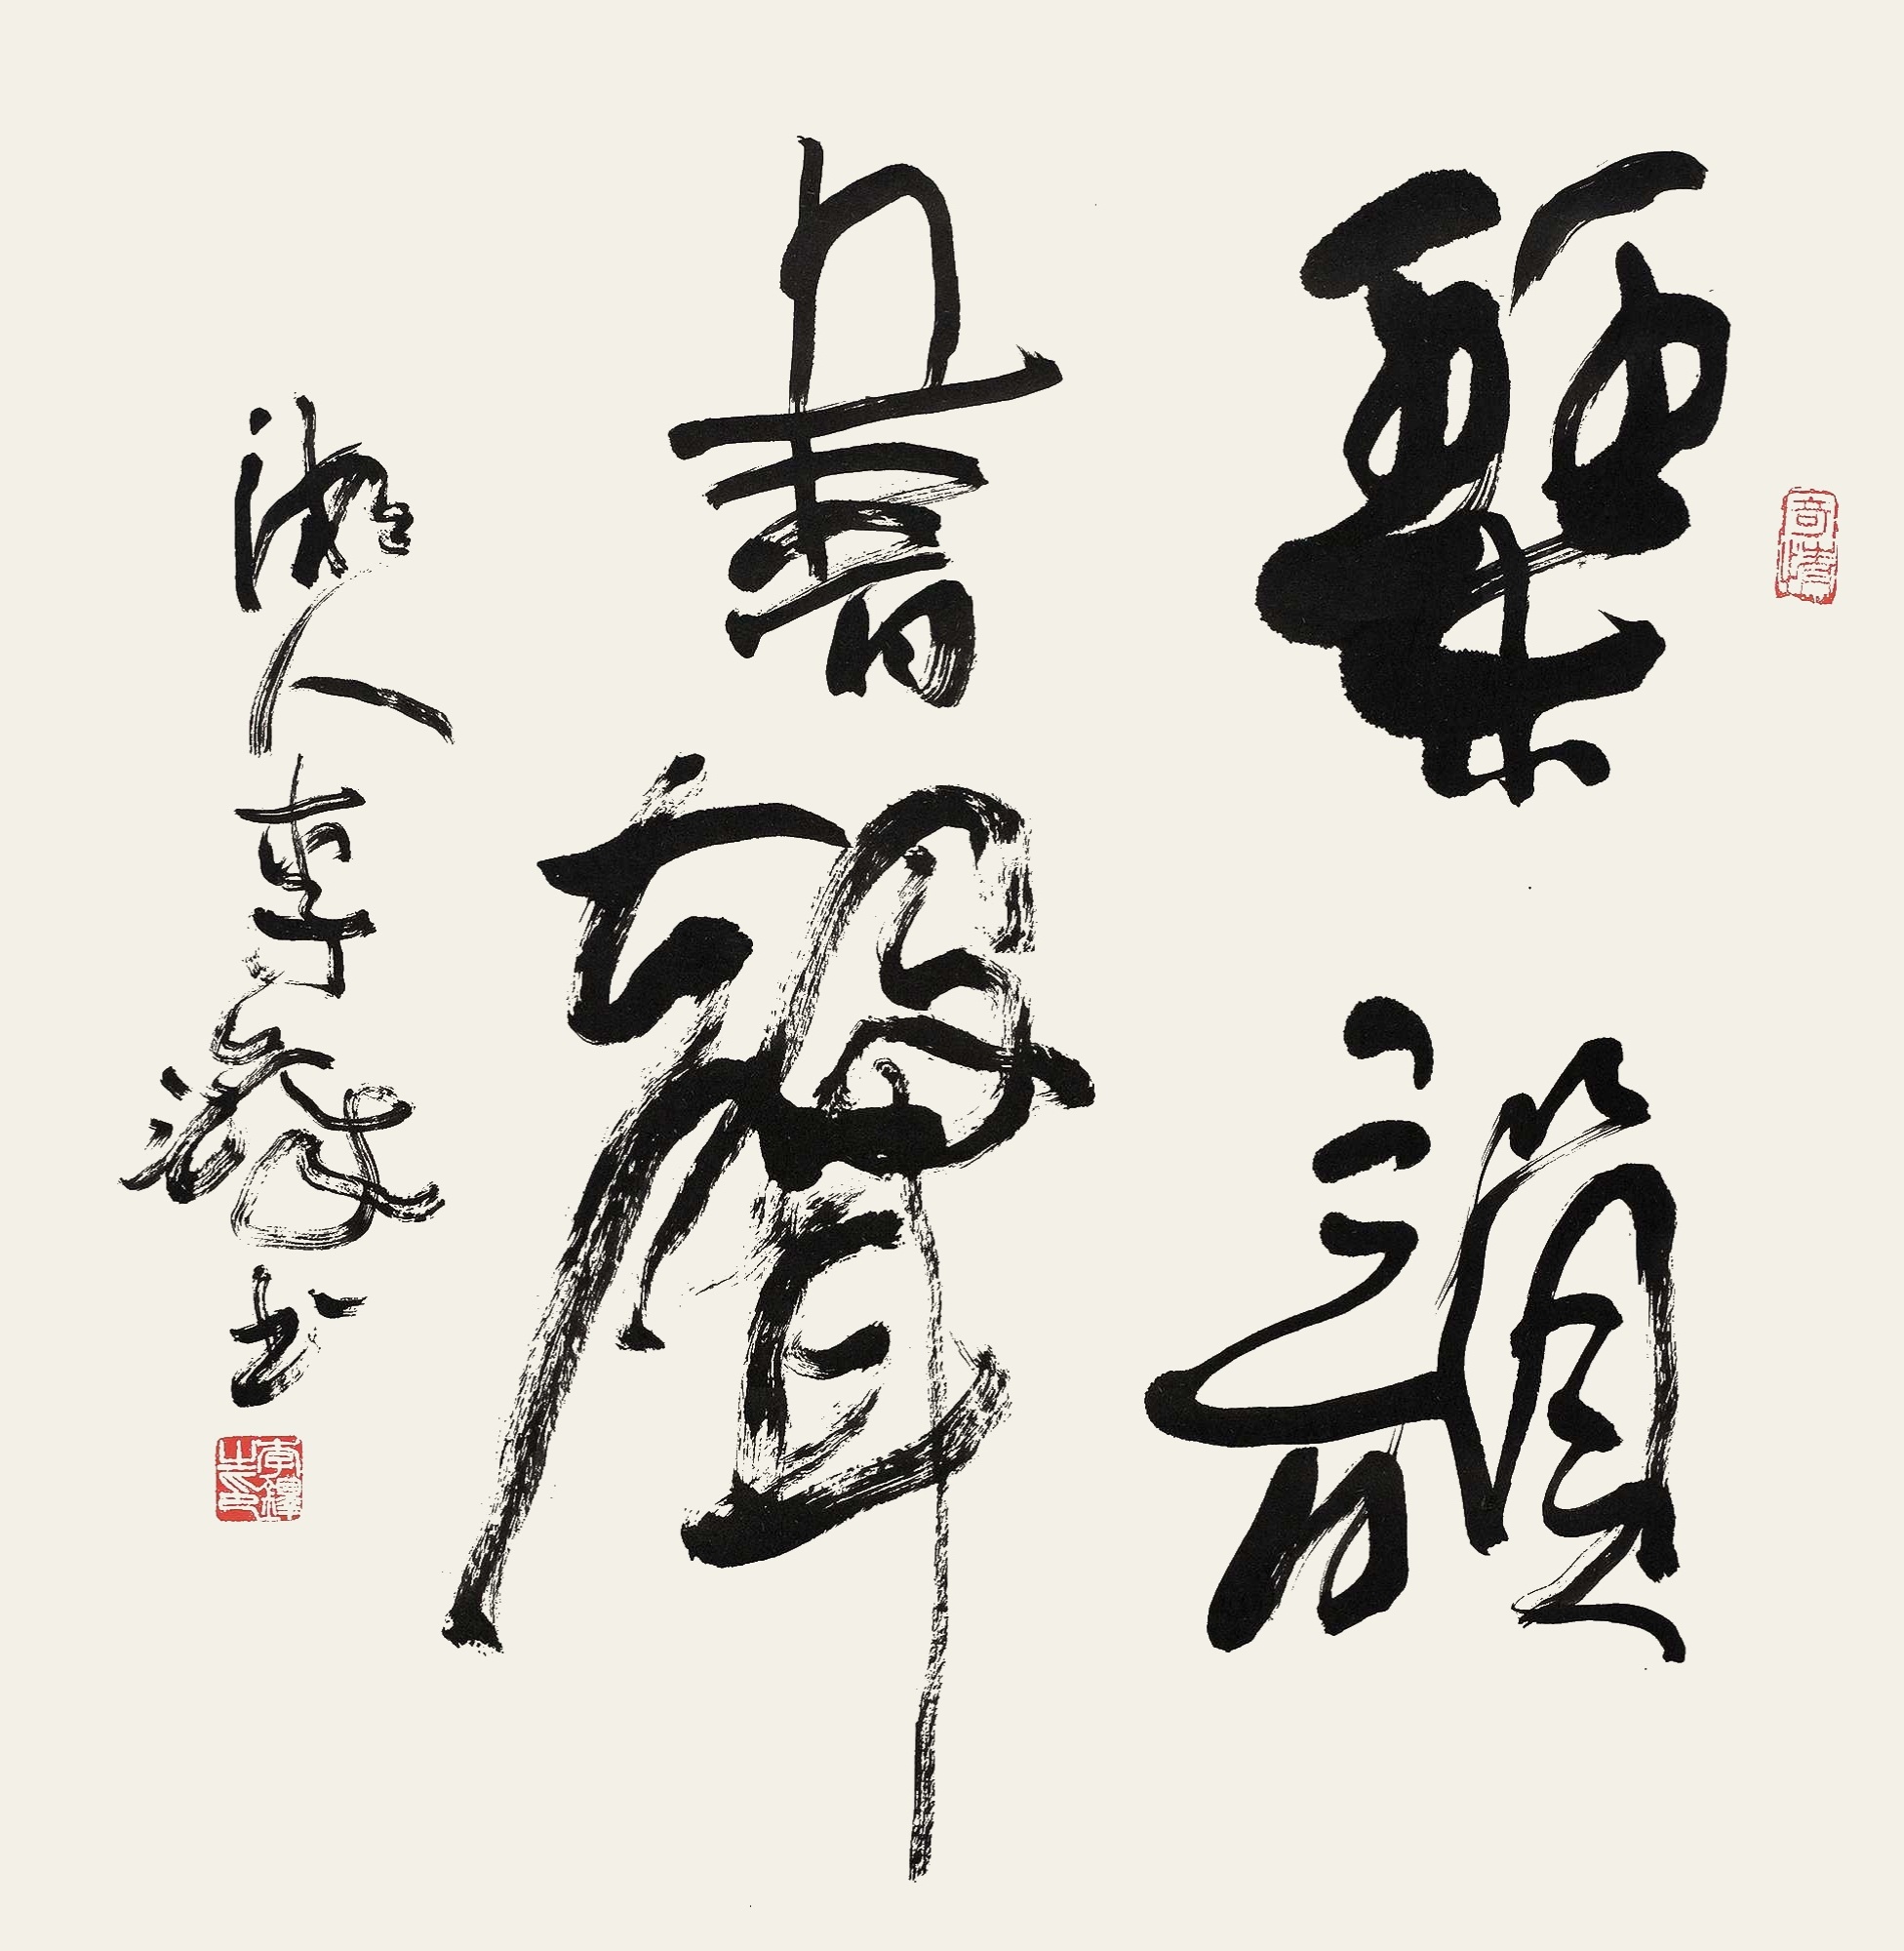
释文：琴韵书声。湘人李铎书。